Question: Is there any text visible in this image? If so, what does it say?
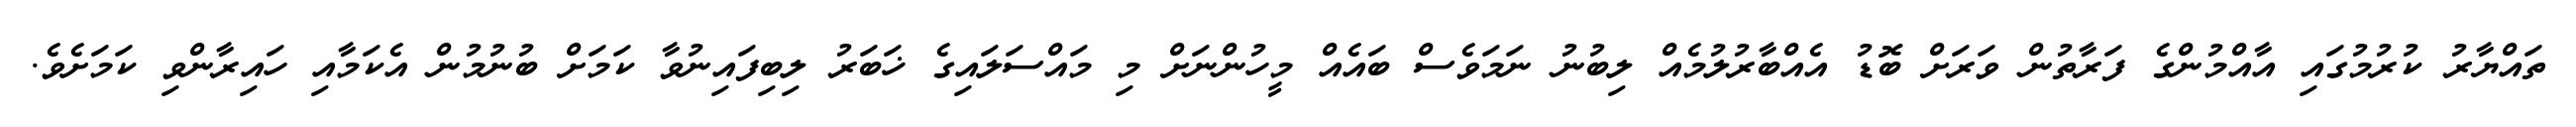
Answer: ތައްޔާރު ކުރުމުގައި އާއްމުންގެ ފަރާތުން ވަރަށް ބޮޑު އެއްބާރުލުމެއް ލިބުނު ނަމަވެސް ބައެއް މީހުންނަށް މި މައްސަލައިގެ ޚަބަރު ލިބިފައިނުވާ ކަމަށް ބުނުމުން އެކަމާއި ހައިރާންވި ކަމަށެވެ.